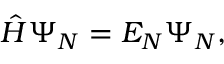
\begin{array} { r } { \hat { H } \Psi _ { N } = E _ { N } \Psi _ { N } , } \end{array}